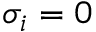
\sigma _ { i } = 0